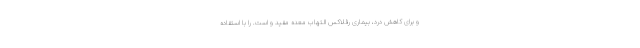
و برای کاهش درد، بیماری رفلاکس التهاب معده مفید و است. را با استفاده